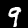
Digit: 9